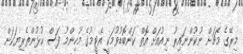
މިރޭގެ މެޗަށް ނުކުންނައިރު ނިއުއަށް އޮތް ކަންބޮޑުވުމަކީ އެޓީމުގެ މުހިންމު ފަސް ކުޅުންތެރިޔަކަށް